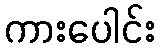
ကားပေါင်း